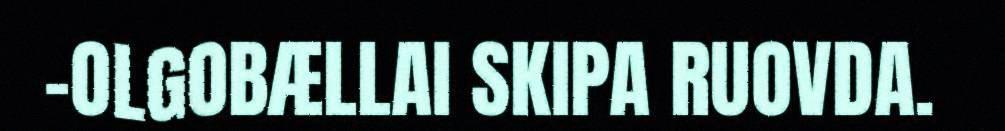
–OLGOBÆLLAI SKIPA RUOVDA.